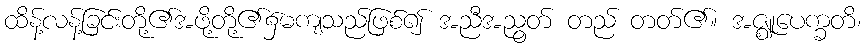
ထိန့်လန့်ခြင်းတို့၏အဖို့တို့၏၌မကျသည်ဖြစ်၍ အညီအညွတ် တည် တတ်၏။ အဇ္ဈုပေက္ခတိ၊